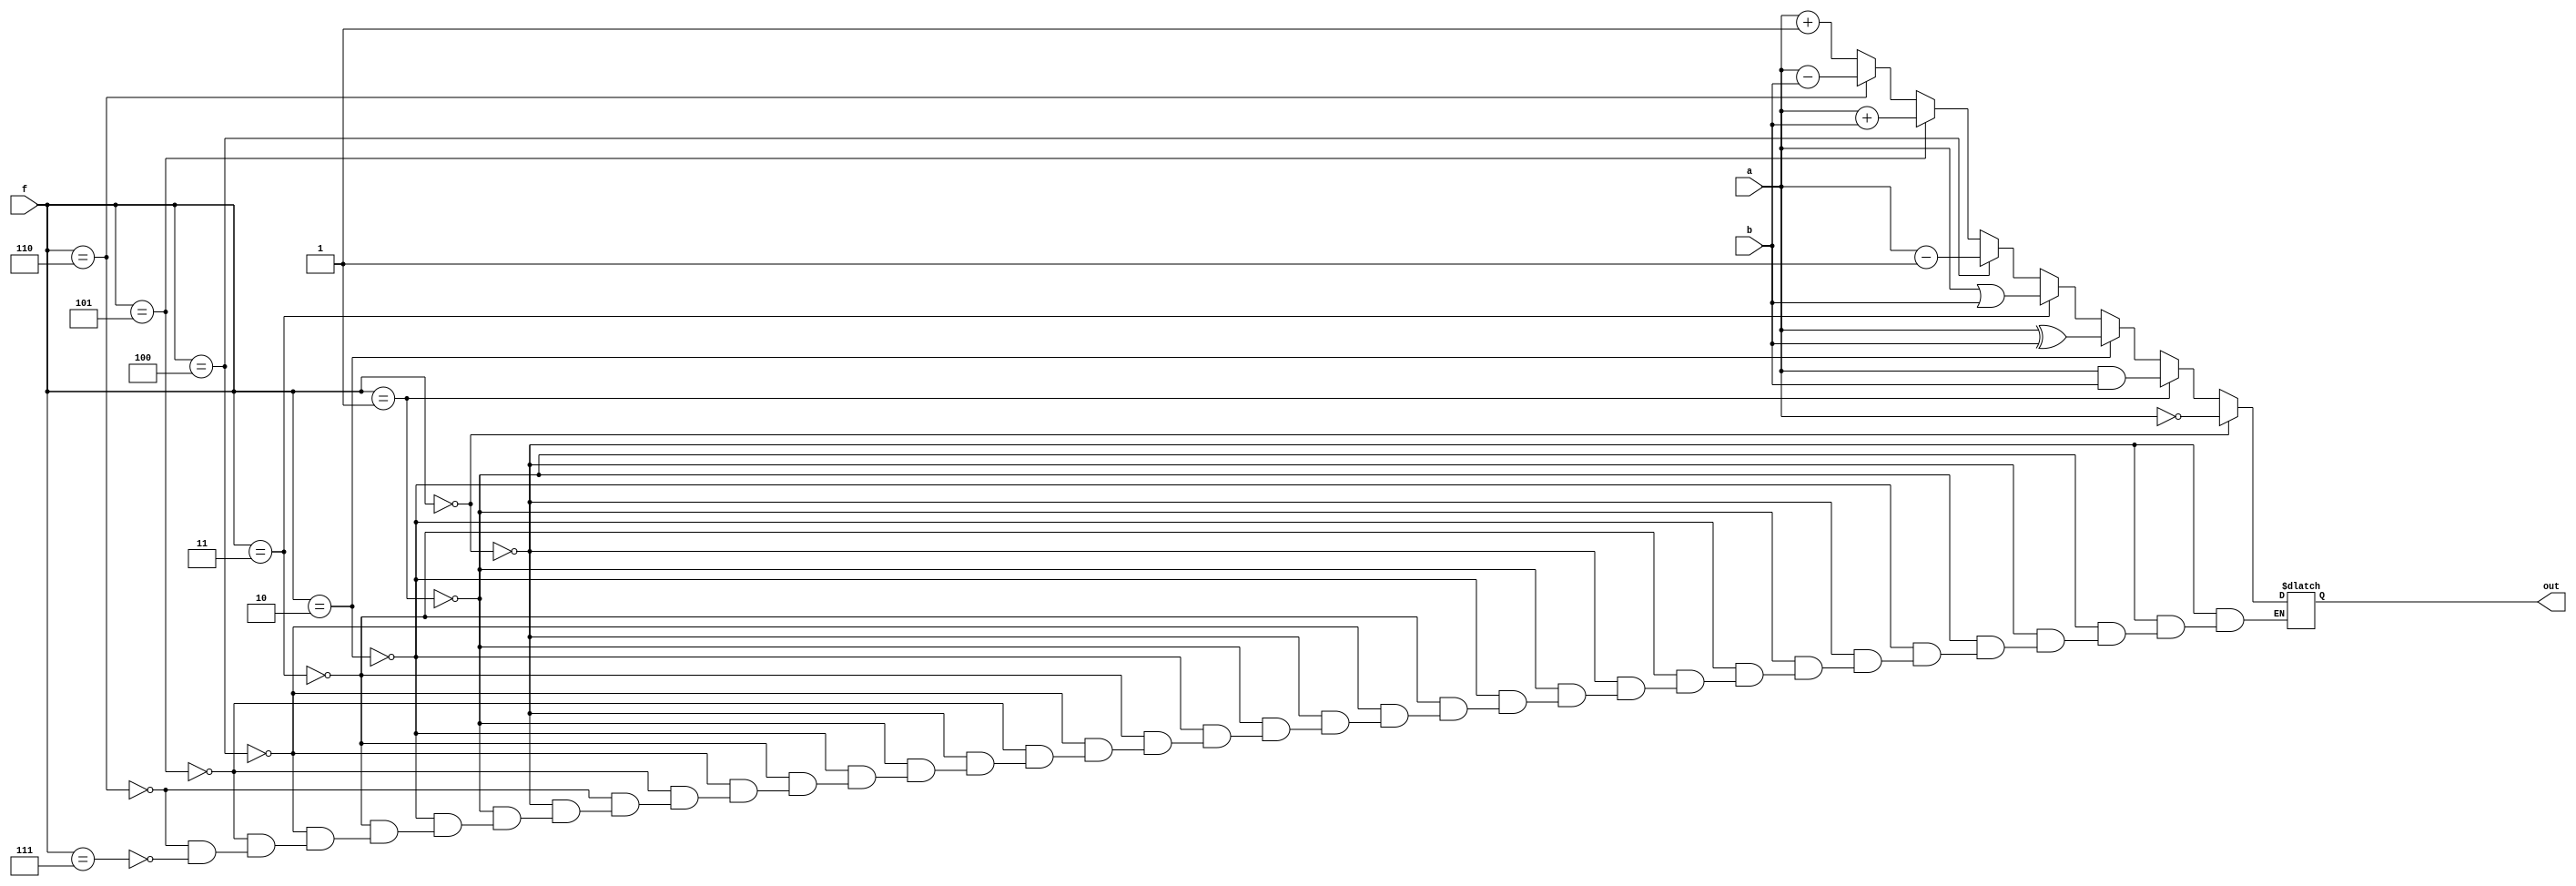
`timescale 1ns / 1ps

module alu(input [31:0] a, input [31:0] b, input [2:0] f, output reg [31:0] out);
    always @(a, b,f)
        begin
        if (f == 3'b000)    // Complement A
            out = ~a;
        else if( f == 3'b001)   // And
            out = a & b;
        else if( f == 3'b010)   // Xor
            out = a ^ b;
        else if (f == 3'b011)   // Or
            out = a | b;
        else if( f == 3'b100)   // A-1
            out = a - 1;
        else if( f == 3'b101)   // A+B
            out = a + b;
        else if( f == 3'b110)   // A-B
            out = a - b;
        else if( f == 3'b111)   // A+1
            out = a + 1;
    end
endmodule